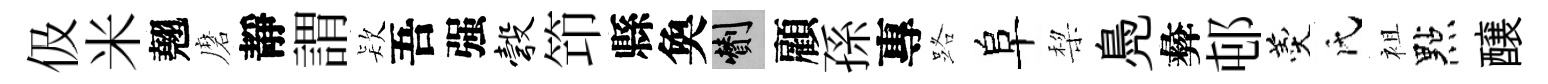
伋米翹磨靜謂𣣇吾强彀笻縣奐剪顧孫專路阜棃鳧彜邨羹氏袓點醸